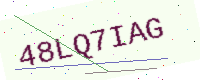
Text: 48LQ7IAG